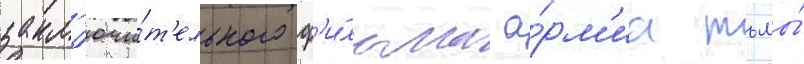
закл'ючи́т'ельного ф'и́льма а́рм'иа тьмы́